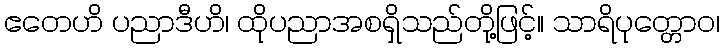
ဧတေဟိ ပညာဒီဟိ၊ ထိုပညာအစရှိသည်တို့ဖြင့်။ သာရိပုတ္တောဝ၊